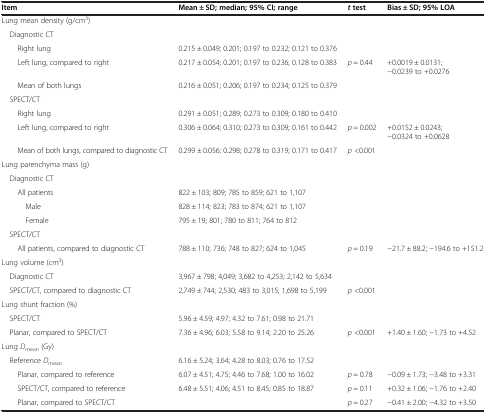
<table><thead><tr><td><b>Item</b></td><td><b>Mean ± SD; median; 95%CI; range</b></td><td><b><i>t</i>test</b></td><td><b>Bias ± SD; 95%LOA</b></td></tr></thead><tbody><tr><td>Lung mean density (g/cm<sup>3</sup>)</td><td> </td><td> </td><td> </td></tr><tr><td> Diagnostic CT</td><td> </td><td> </td><td> </td></tr><tr><td>Right lung</td><td>0.215 ± 0.049; 0.201; 0.197 to 0.232; 0.121 to 0.376</td><td> </td><td> </td></tr><tr><td>Left lung, compared to right</td><td>0.217 ± 0.054; 0.201; 0.197 to 0.236; 0.128 to 0.383</td><td><i>p</i> = 0.44</td><td>+0.0019 ± 0.0131; −0.0239 to +0.0276</td></tr><tr><td>Mean of both lungs</td><td>0.216 ± 0.051; 0.206; 0.197 to 0.234; 0.125 to 0.379</td><td> </td><td> </td></tr><tr><td> SPECT/CT</td><td> </td><td> </td><td> </td></tr><tr><td>Right lung</td><td>0.291 ± 0.051; 0.289; 0.273 to 0.309; 0.180 to 0.410</td><td> </td><td> </td></tr><tr><td>Left lung, compared to right</td><td>0.306 ± 0.064; 0.310; 0.273 to 0.309; 0.161 to 0.442</td><td><i>p</i> = 0.002</td><td>+0.0152 ± 0.0243; −0.0324 to +0.0628</td></tr><tr><td>Mean of both lungs, compared to diagnostic CT</td><td>0.299 ± 0.056; 0.298; 0.278 to 0.319; 0.171 to 0.417</td><td><i>p</i> &lt;0.001</td><td> </td></tr><tr><td>Lung parenchyma mass (g)</td><td> </td><td> </td><td> </td></tr><tr><td> Diagnostic CT</td><td> </td><td> </td><td> </td></tr><tr><td>All patients</td><td>822 ± 103; 809; 785 to 859; 621 to 1,107</td><td> </td><td> </td></tr><tr><td>Male</td><td>828 ± 114; 823; 783 to 874; 621 to 1,107</td><td> </td><td> </td></tr><tr><td>Female</td><td>795 ± 19; 801; 780 to 811; 764 to 812</td><td> </td><td> </td></tr><tr><td> SPECT/CT</td><td> </td><td> </td><td> </td></tr><tr><td>All patients, compared to diagnostic CT</td><td>788 ± 110; 736; 748 to 827; 624 to 1,045</td><td><i>p</i> = 0.19</td><td>−21.7 ± 88.2; −194.6 to +151.2</td></tr><tr><td>Lung volume (cm<sup>3</sup>)</td><td> </td><td> </td><td> </td></tr><tr><td> Diagnostic CT</td><td>3,967 ± 798; 4,049; 3,682 to 4,253; 2,142 to 5,634</td><td> </td><td> </td></tr><tr><td> SPECT/CT, compared to diagnostic CT</td><td>2,749 ± 744; 2,530; 483 to 3,015; 1,698 to 5,199</td><td><i>p</i> &lt;0.001</td><td> </td></tr><tr><td>Lung shunt fraction (%)</td><td> </td><td> </td><td> </td></tr><tr><td> SPECT/CT</td><td>5.96 ± 4.59; 4.97; 4.32 to 7.61; 0.98 to 21.71</td><td> </td><td> </td></tr><tr><td> Planar, compared to SPECT/CT</td><td>7.36 ± 4.96; 6.03; 5.58 to 9.14; 2.20 to 25.26</td><td><i>p</i> &lt;0.001</td><td>+1.40 ± 1.60; −1.73 to +4.52</td></tr><tr><td>Lung <i>D</i><sub>mean</sub> (Gy)</td><td> </td><td> </td><td> </td></tr><tr><td> Reference <i>D</i><sub>mean</sub></td><td>6.16 ± 5.24; 3.64; 4.28 to 8.03; 0.76 to 17.52</td><td> </td><td> </td></tr><tr><td>Planar, compared to reference</td><td>6.07 ± 4.51; 4.75; 4.46 to 7.68; 1.00 to 16.02</td><td><i>p</i> = 0.78</td><td>−0.09 ± 1.73; −3.48 to +3.31</td></tr><tr><td>SPECT/CT, compared to reference</td><td>6.48 ± 5.51; 4.06; 4.51 to 8.45; 0.85 to 18.87</td><td><i>p</i> = 0.11</td><td>+0.32 ± 1.06; −1.76 to +2.40</td></tr><tr><td>Planar, compared to SPECT/CT</td><td> </td><td><i>p</i> = 0.27</td><td>−0.41 ± 2.00; −4.32 to +3.50</td></tr></tbody></table>